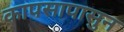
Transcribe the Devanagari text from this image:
कापसापासुन